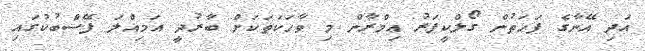
އަދި އޭނާގެ ފަހަތުން ގޯލްކީޕަރު ޢިމްރާން މި ވާހަކަތަކަށް ބާރުދީ އަމިއްލަ ފޭސްބުކުގައި